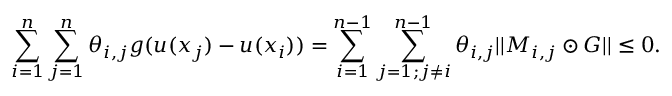
\sum _ { i = 1 } ^ { n } \sum _ { j = 1 } ^ { n } \theta _ { i , j } g ( u ( x _ { j } ) - u ( x _ { i } ) ) = \sum _ { i = 1 } ^ { n - 1 } \sum _ { j = 1 ; j \neq i } ^ { n - 1 } \theta _ { i , j } | | M _ { i , j } \odot G | | \leq 0 .